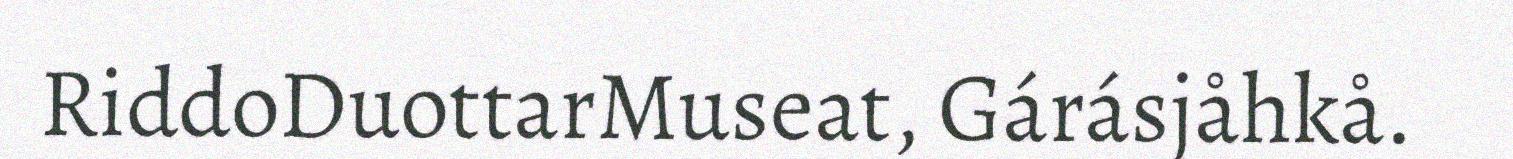
RiddoDuottarMuseat, Gárásjåhkå.